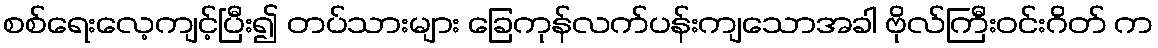
စစ်ရေးလေ့ကျင့်ပြီး၍ တပ်သားများ ခြေကုန်လက်ပန်းကျသောအခါ ဗိုလ်ကြီးဝင်းဂိတ် က